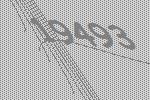
19493